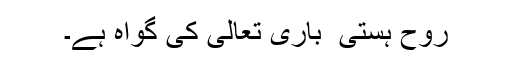
روح ہستی ٔ باری تعالیٰ کی گواہ ہے۔